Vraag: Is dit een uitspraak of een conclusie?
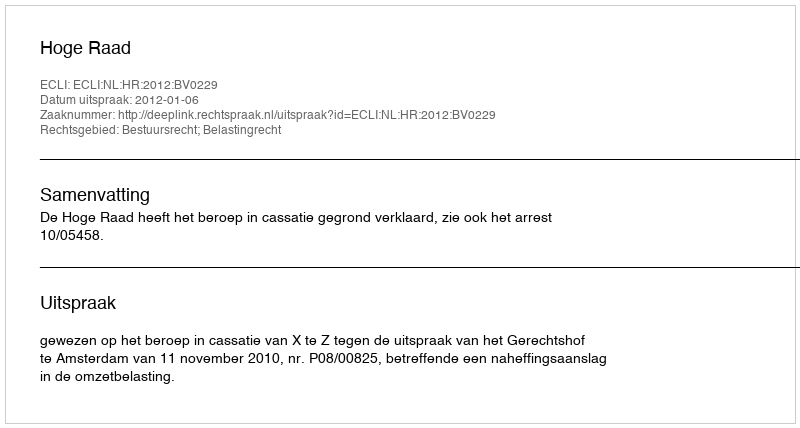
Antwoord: Uitspraak